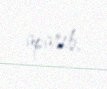
aparıb.